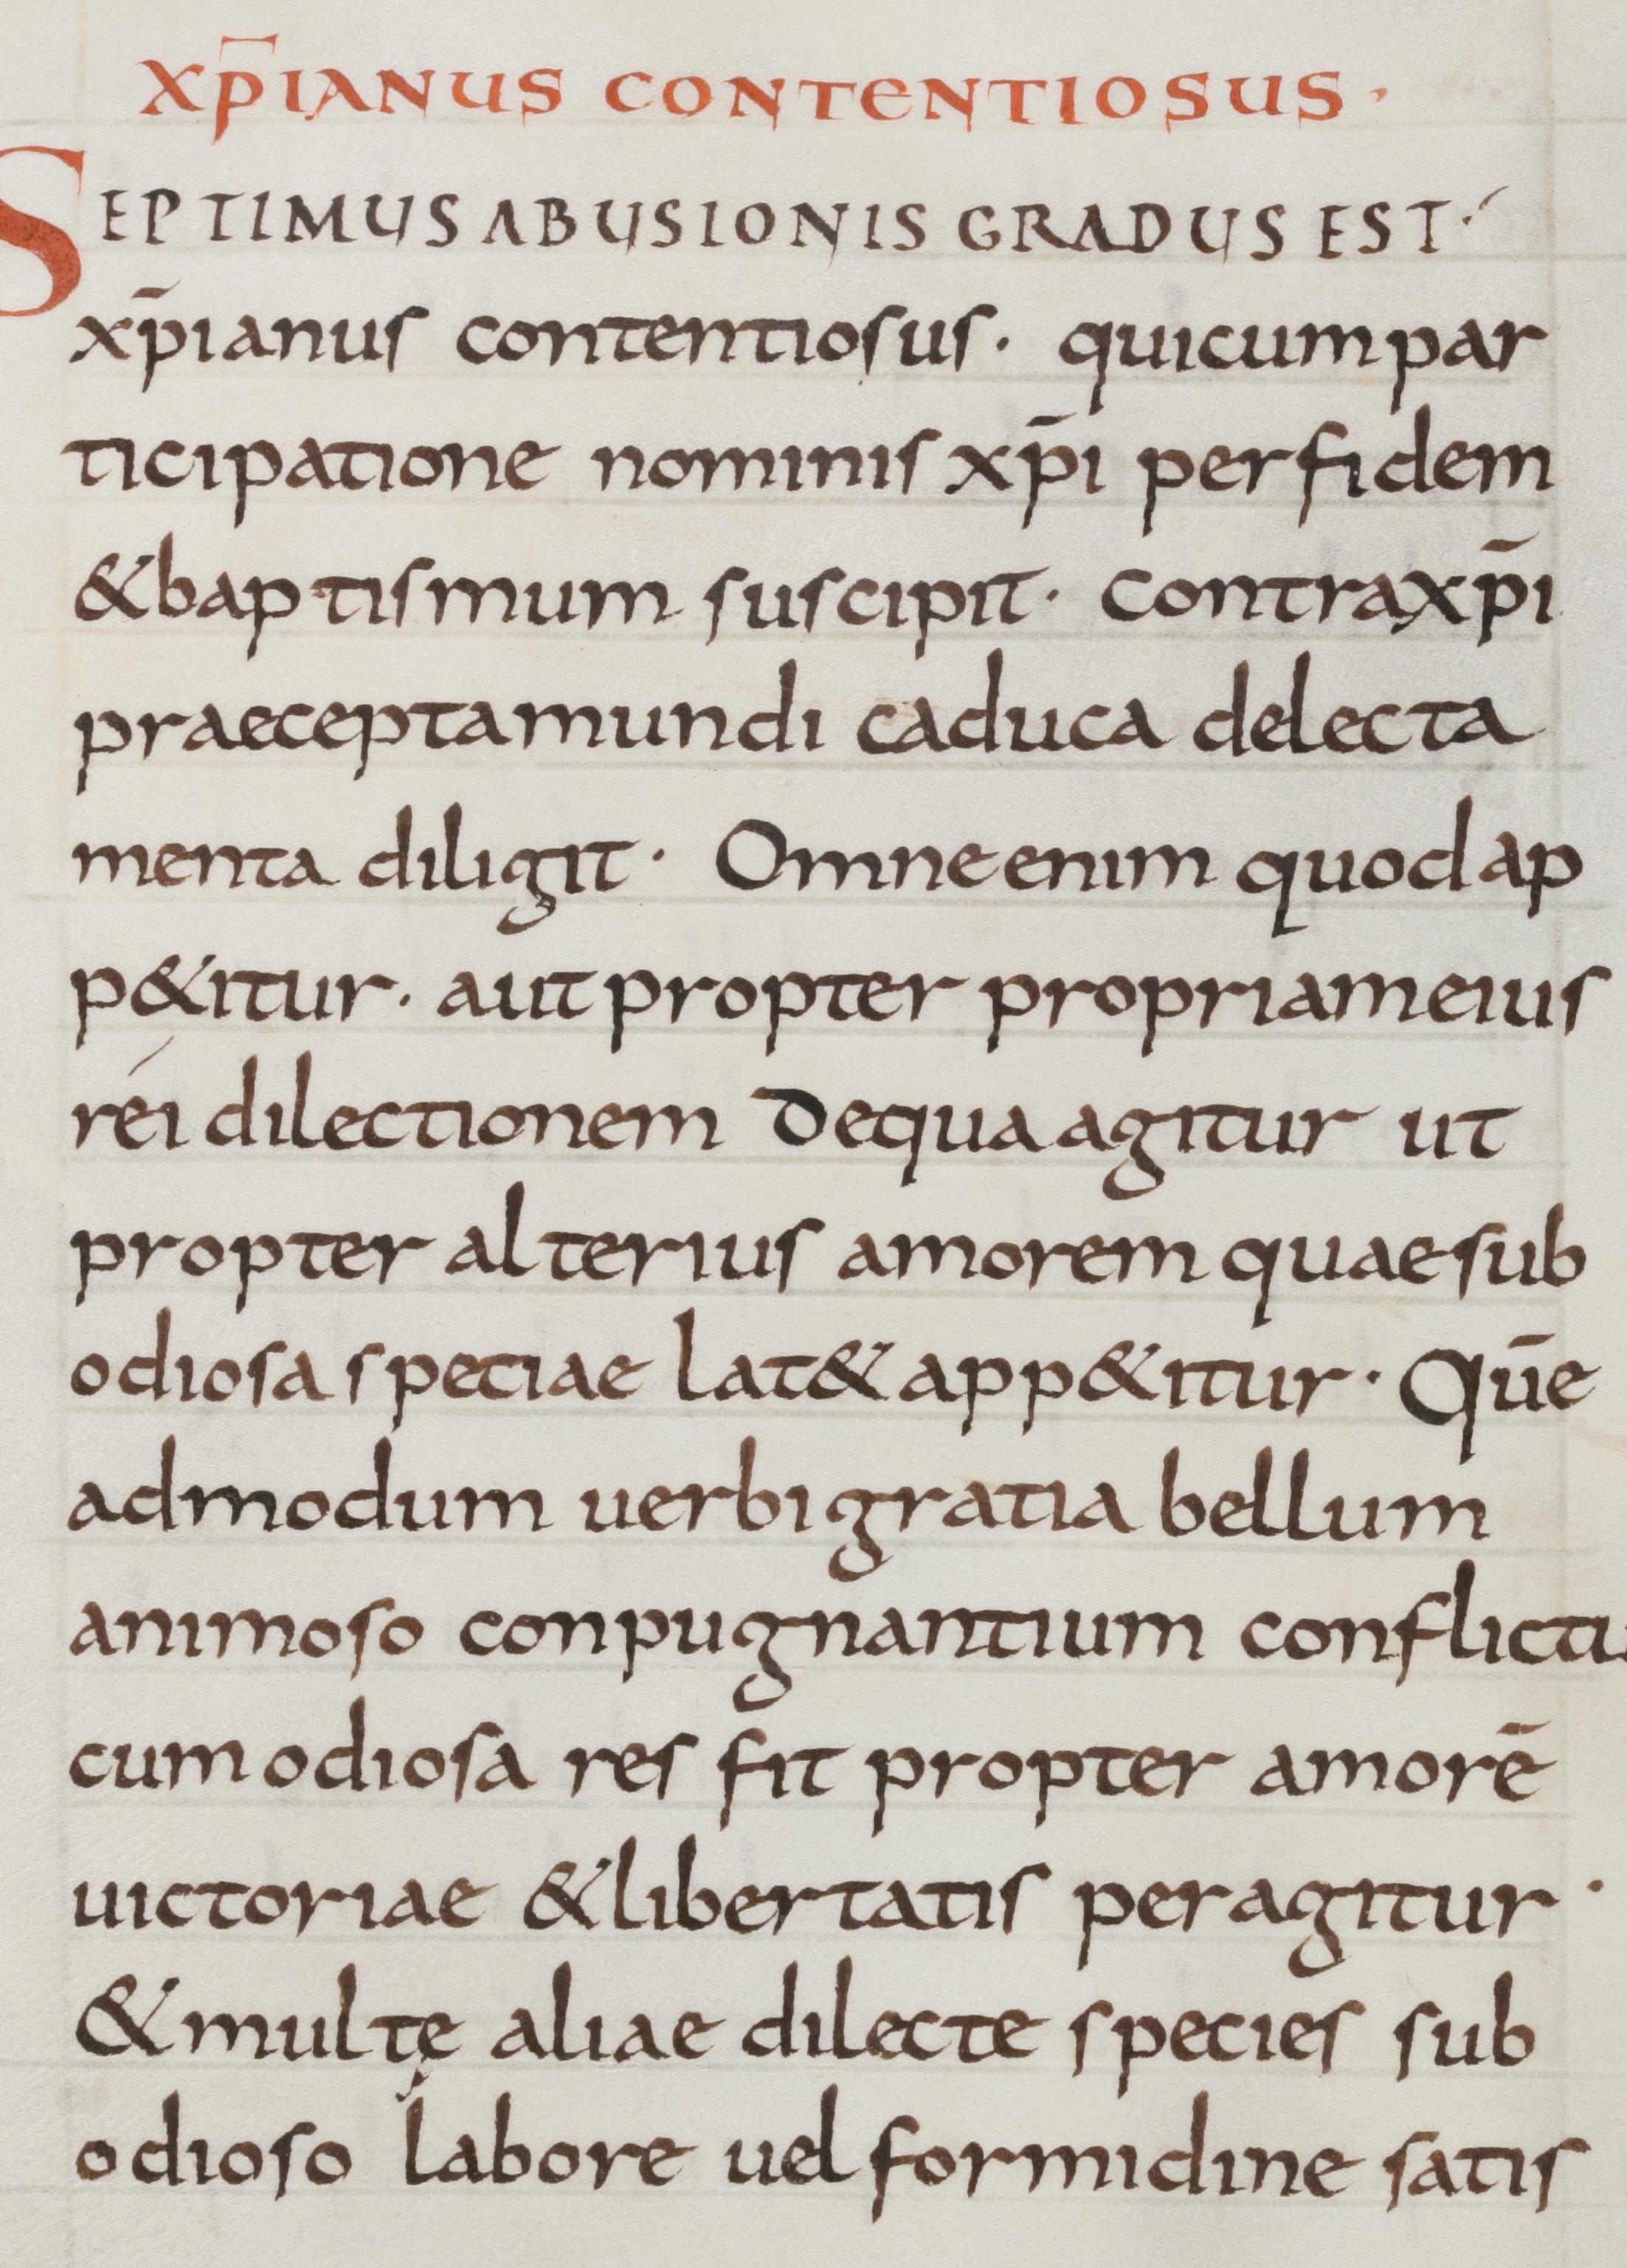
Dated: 800–899